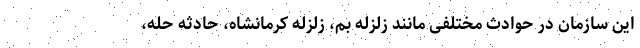
این سازمان در حوادث مختلفی مانند زلزله بم، زلزله کرمانشاه، حادثه حله،